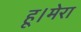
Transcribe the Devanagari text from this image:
हू।मेरा